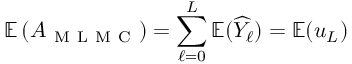
\mathbb { E } \left( A _ { \mathrm { ~ M ~ L ~ M ~ C ~ } } \right) = \sum _ { \ell = 0 } ^ { L } \mathbb { E } ( \widehat { Y } _ { \ell } ) = \mathbb { E } ( u _ { L } )